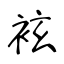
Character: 袨